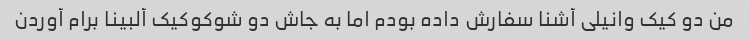
من دو کیک وانیلی آشنا سفارش داده بودم اما به جاش دو شوکوکیک آلبینا برام‌ آوردن